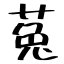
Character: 菟